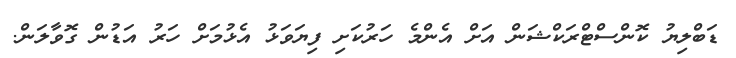
ޑަބްލިޔު ކޮންސްޓްރަކްޝަން އަށް އެންމެ ހަރުކަށި ފިޔަވަޅު އެޅުމަށް ހަރު އަޑުން ގޮވާލަން.